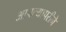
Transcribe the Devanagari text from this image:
आपल्यापरीने